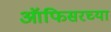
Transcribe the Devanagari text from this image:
ऑफिसरच्या